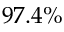
9 7 . 4 \%